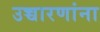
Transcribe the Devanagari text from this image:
उच्चारणांना